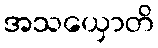
အသယှောတိ